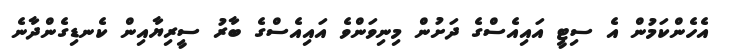
އެހެންކަމުން އެ ސިޓީ އައިއެސްގެ ދަށުން މިނިވަންވެ އައިއެސްގެ ބާރު ސީރިޔާއިން ކެނޑިގެންދާނެ